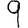
Digit: 9